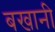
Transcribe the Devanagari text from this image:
बखानी